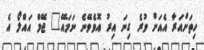
ހިތަށްއަރާ އެއަށް ވުރެ ގިނަ އިރު އޮވެވޭނެ ނަމައޭ" ޖޭމް އައްލޯ އެ